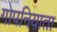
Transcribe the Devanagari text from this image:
गोपनियाता